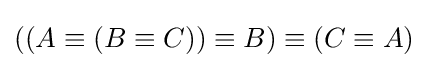
((A\equiv (B\equiv C))\equiv B)\equiv (C\equiv A)